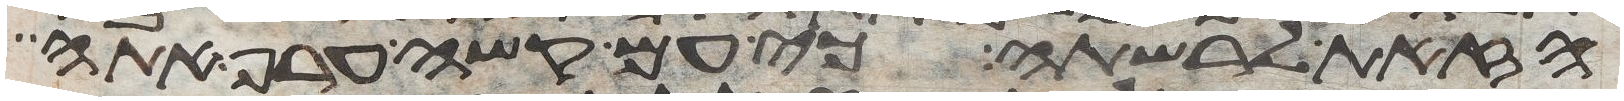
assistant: הזאת לרשתה כי עם קשה ערף אתה